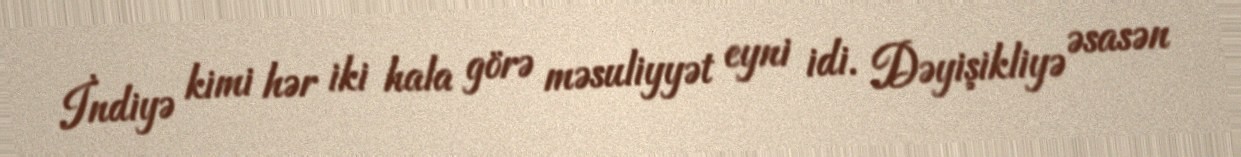
İndiyə kimi hər iki hala görə məsuliyyət eyni idi. Dəyişikliyə əsasən